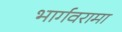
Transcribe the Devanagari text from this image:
भार्गवरामा